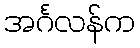
အင်္ဂလန်က